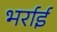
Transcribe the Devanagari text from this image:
भर्राई